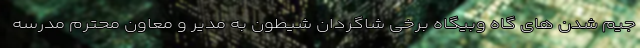
جیم شدن های گاه وبیگاه برخی شاگردان شیطون به مدیر و معاون محترم مدرسه